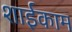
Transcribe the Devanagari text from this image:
शाईकाम